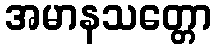
အမာနသတ္တော